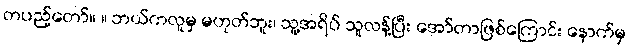
တပည့်တော်။ ။ ဘယ်ကလူမှ မဟုတ်ဘူး၊ သူ့အရိပ် သူလန့်ပြီး အော်တာဖြစ်ကြောင်း နောက်မှ